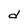
Character: d